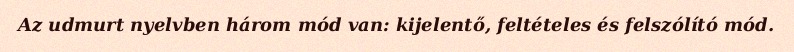
Az udmurt nyelvben három mód van: kijelentő, feltételes és felszólító mód.